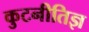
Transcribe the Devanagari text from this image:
कुटनीतिज्ञ